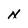
Character: N